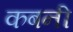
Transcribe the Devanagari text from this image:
कबनी